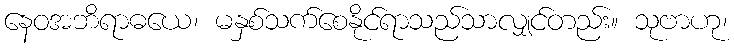
နေဝအဘိရာဓယေ၊ မနှစ်သက်စေနိုင်ရာသည်သာလျှင်တည်း။ သုဗာဟု၊